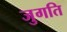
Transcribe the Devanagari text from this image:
जुगति